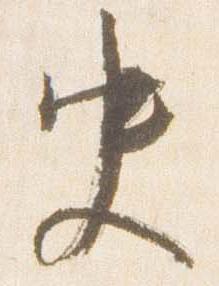
史